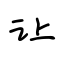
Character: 让